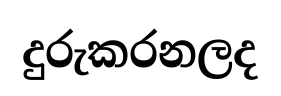
දුරුකරනලද